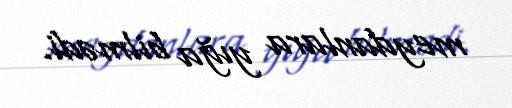
meydanlara yığa bilmədi.